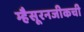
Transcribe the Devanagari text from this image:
म्हैसूरनजीकची